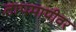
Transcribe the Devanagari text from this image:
तापमापीवर